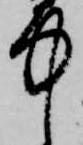
中